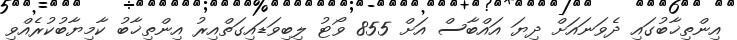
އިންތިޚާބުގައި ދެވަނައަށް ދިޔަ އައްބާސް އަށް 855 ވޯޓު ލިބިވަޑައިގަތްއިރު އިންތިޚާބު ކާމިޔާބުކުރެއްވި